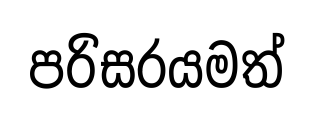
පරිසරයමත්